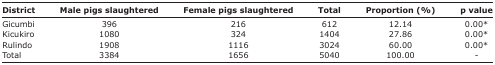
| District | Male pigs slaughtered | Female pigs slaughtered | Total | Proportion (%) | p value |
 | --- | --- | --- | --- | --- | --- |
 | Gicumbi | 396 | 216 | 612 | 12.14 | 0.00* |
 | Kicukiro | 1080 | 324 | 1404 | 27.86 | 0.00* |
 | Rulindo | 1908 | 1116 | 3024 | 60.00 | 0.00* |
 | Total | 3384 | 1656 | 5040 | 100.00 | - |